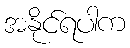
အနိုင်ရပါက